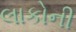
લાકોની